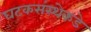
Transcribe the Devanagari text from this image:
घटकसंस्थेकडे